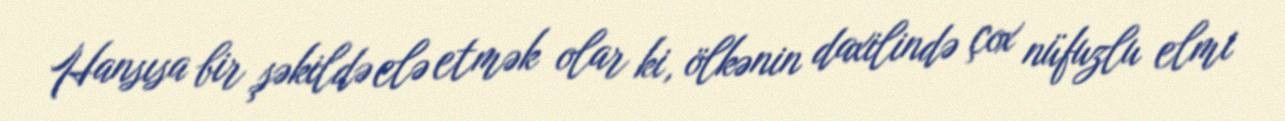
Hansısa bir şəkildə elə etmək olar ki, ölkənin daxilində çox nüfuzlu elmi